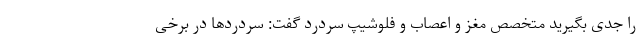
را جدی بگیرید متخصص مغز و اعصاب و فلوشیپ سردرد گفت: سردردها در برخی